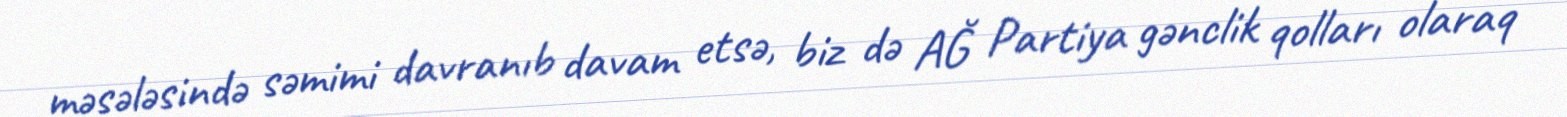
məsələsində səmimi davranıb davam etsə, biz də AĞ Partiya gənclik qolları olaraq